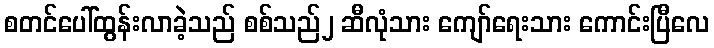
စတင်ပေါ်ထွန်းလာခဲ့သည် စစ်သည်၂ ဆီလုံသား ကျော်ရေးသား ကောင်းပြီလေ